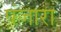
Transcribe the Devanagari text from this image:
पंजारा